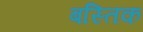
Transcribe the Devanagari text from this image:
बस्तिक